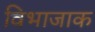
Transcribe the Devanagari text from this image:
विभाजाक